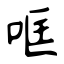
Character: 哐